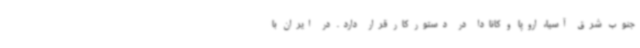
جنوب شرق آسیا، اروپا و کانادا در دستور کار قرار دارد. در ایران با